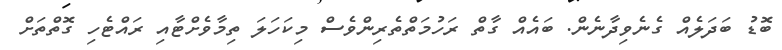
ބޮޑު ބަދަލެއް ގެނެވިދާނެން. ބައެއް ގާތް ރަހުމަތްތެރިންވެސް މިކަހަލަ ތިމާވެށްޓާއި ރައްޓެހި ގޮތްތަށް